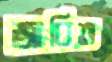
জাবিত